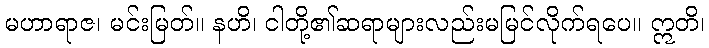
မဟာရာဇ၊ မင်းမြတ်။ နဟိ၊ ငါတို့၏ဆရာများလည်းမမြင်လိုက်ရပေ။ ဣတိ၊